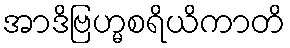
အာဒိဗြဟ္မစရိယိကာတိ